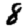
Digit: 8